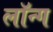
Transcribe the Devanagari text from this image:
लॉन्‍ग